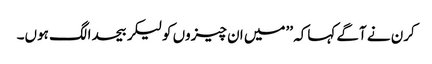
کرن نے آگے کہاکہ ’’میں ان چیزوں کولیکر بیحدالگ ہوں۔